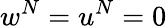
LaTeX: w^{N}=u^{N}=0